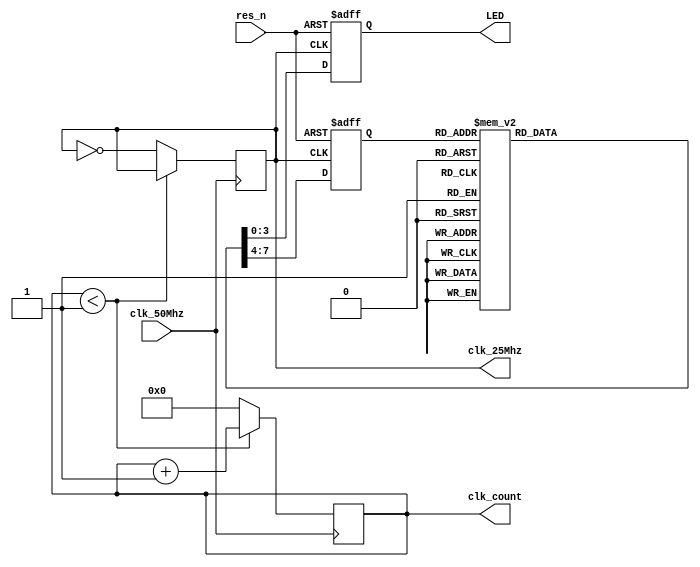
module led_display(LED, clk_50Mhz, clk_25Mhz, clk_count, res_n);

input  clk_50Mhz, res_n;
output reg [3:0]LED;
output reg clk_25Mhz;
output reg [7:0]clk_count;

reg [3:0]state;

// 50MHz --> 25MHz clk_count [0,1]
always@(posedge clk_50Mhz) begin
	if(clk_count < 1)
		clk_count = clk_count + 8'd1;
	else begin
		clk_25Mhz = ~clk_25Mhz;
		clk_count = 8'd0;
	end
end

// LED Display
always@(posedge clk_25Mhz or negedge res_n)begin
if(!res_n) begin 
	state = 4'd0;
	LED = 4'd0;
end
else
	case(state)
		4'd0 : begin LED=4'd0 ; state=4'd1; end 
		4'd1 : begin LED=4'd1 ; state=4'd2; end 
		4'd2 : begin LED=4'd2 ; state=4'd3; end 
		4'd3 : begin LED=4'd3 ; state=4'd4; end 
		4'd4 : begin LED=4'd4 ; state=4'd5; end 
		4'd5 : begin LED=4'd5 ; state=4'd6; end 
		4'd6 : begin LED=4'd6 ; state=4'd7; end 
		4'd7 : begin LED=4'd7 ; state=4'd8; end 
		4'd8 : begin LED=4'd8 ; state=4'd9; end 
		4'd9 : begin LED=4'd9 ; state=4'd10;end 
		4'd10: begin LED=4'd10; state=4'd11;end 
		4'd11: begin LED=4'd11; state=4'd12;end 
		4'd12: begin LED=4'd12; state=4'd13;end 
		4'd13: begin LED=4'd13; state=4'd14;end 
		4'd14: begin LED=4'd14; state=4'd15;end 
		4'd15: begin LED=4'd15; state=4'd0; end 
	endcase
end

endmodule